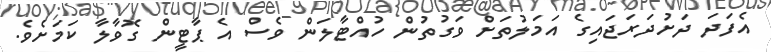
އެފަދަ ދަށުދަރަޖައިގެ އަމަލުތަށް ވަގުތުން ހުއްޓާލަން ވެސް އެ ޕާޓީން ގޮވާލާ ކަމަށެވެ.